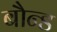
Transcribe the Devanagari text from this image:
बौन्ड